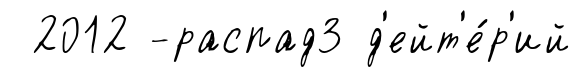
2012 -распад3 д'ейт'е́р'ий